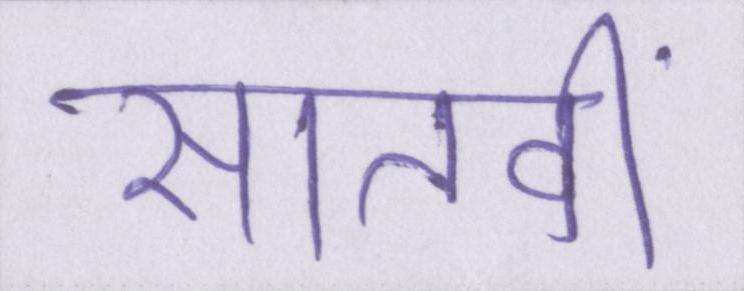
सातवीं